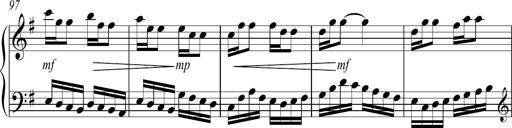
Title: Sonatina no. 2
Composer: Brian Henderson-Sellers
Key: G major